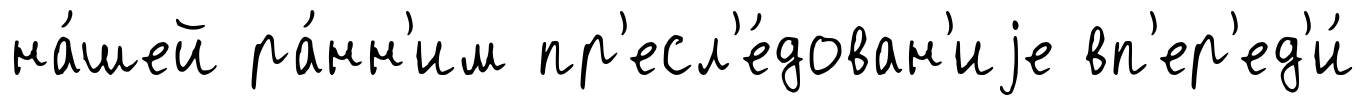
на́шей ра́нн'им пр'есл'е́дован'иjе вп'ер'ед'и́